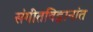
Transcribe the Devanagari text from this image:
संगीतविद्वानांत